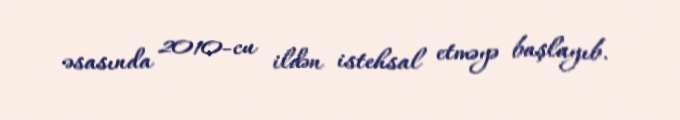
əsasında 2010-cu ildən istehsal etməyə başlayıb.